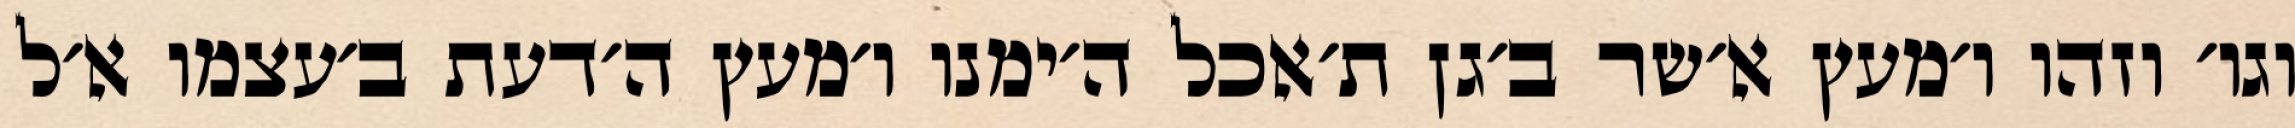
וגו׳ וזהו ו׳מעץ א׳שר ב׳גן ת׳אכל ה׳ימנו ו׳מעץ ה׳דעת ב׳עצמו א׳ל